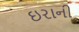
ઇરાની